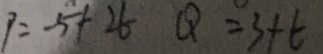
P = - 5 + 2 6 Q = 3 + t